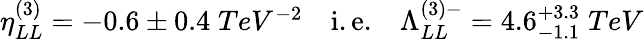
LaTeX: \begin{array}{ccc}{{\eta_{LL}^{(3)}=-0.6\pm 0.4\; TeV^{-2}}}&{{{\mathrm{i.e.}}}}&{{\Lambda_{LL}^{(3)-}=4.6_{-1.1}^{+3.3}\; TeV}}\end{array}